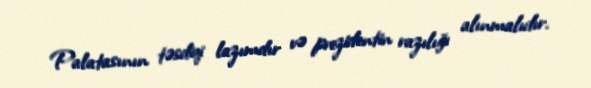
Palatasının təsdiqi lazımdır və prezidentin razılığı alınmalıdır.